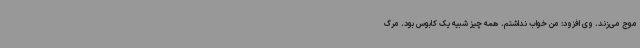
موج می‌زند. وی افزود: من خواب نداشتم. همه چیز شبیه یک کابوس بود. مرگ